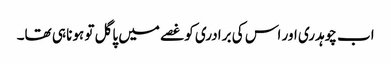
اب چوہدری اور اس کی برادری کو غصے میں پاگل تو ہونا ہی تھا۔